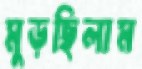
মুড়ছিলাম